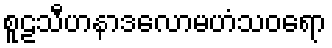
စူဠသီဟနာဒလောမဟံသဝရော